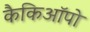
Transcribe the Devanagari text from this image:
कैकिऑपो